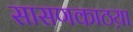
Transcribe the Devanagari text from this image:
सासणकाठय़ा